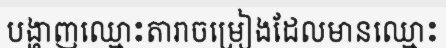
បង្ហាញឈ្មោះតារាចម្រៀងដែលមានឈ្មោះ